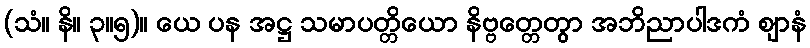
(သံ။ နိ။ ၃။၅)။ ယေ ပန အဋ္ဌ သမာပတ္တိယော နိဗ္ဗတ္တေတွာ အဘိညာပါဒကံ ဈာနံ